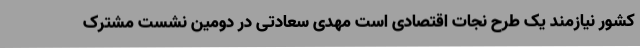
کشور نیازمند یک طرح نجات اقتصادی است مهدی سعادتی در دومین نشست مشترک